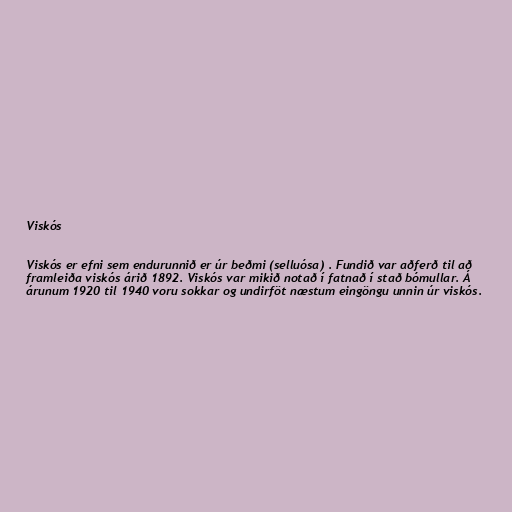
Viskós

Viskós er efni sem endurunnið er úr beðmi (selluósa) . Fundið var aðferð til að
framleiða viskós árið 1892. Viskós var mikið notað í fatnað í stað bómullar. Á
árunum 1920 til 1940 voru sokkar og undirföt næstum eingöngu unnin úr viskós.